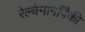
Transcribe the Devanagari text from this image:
रेल्वेमार्गांपैकी